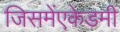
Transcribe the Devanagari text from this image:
जिसमेंएकेडमी